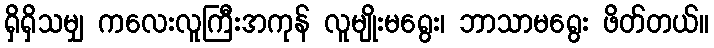
ရှိရှိသမျှ ကလေးလူကြီးအကုန် လူမျိုးမရွေး၊ ဘာသာမရွေး ဖိတ်တယ်။